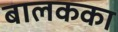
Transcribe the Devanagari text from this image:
बालकका